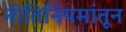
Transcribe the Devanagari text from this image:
नीतिनियमांतून